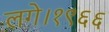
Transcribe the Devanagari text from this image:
लगे।१९६६